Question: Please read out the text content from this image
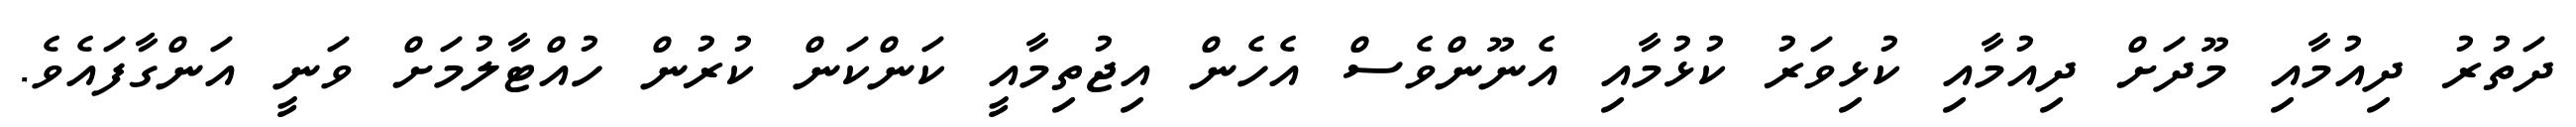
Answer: ދަތުރު ދިއުމާއި މޫދަށް ދިއުމާއި ކުޅިވަރު ކުޅުމާއި އެނޫންވެސް އެހެން އިޖުތިމާއީ ކަންކަން ކުރުން ހުއްޓާލުމަށް ވަނީ އަންގާފައެވެ.